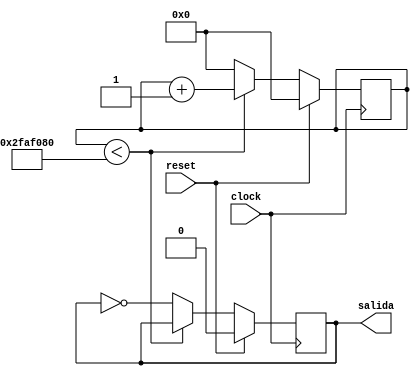
module Leds #(parameter TIEMPO = 50000000)(reset, clock, salida);

//INPUTS AND OUTPUTS
input reset;//Reset
input clock;//Clock
output reg salida=0;

//WIRES
reg [26:0] conteo; //0: En blanco. 1: En negro


//Logica secuencial MAQUINA DE ESTADOS
always@(posedge clock)
begin
	if(reset)
		begin
			salida<=0;
			conteo<=0;
		end
	else
	begin
		if(conteo<TIEMPO)
			conteo <= conteo+1;
		else
			begin
				conteo <=0;
				salida <= ~salida;
			end
	end
end
endmodule